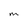
Character: M